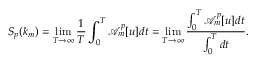
S _ { p } ( k _ { m } ) = \operatorname* { l i m } _ { T \to \infty } \frac { 1 } { T } \int _ { 0 } ^ { T } \mathcal { A } _ { m } ^ { p } [ u ] d t = \operatorname* { l i m } _ { T \to \infty } \frac { \int _ { 0 } ^ { T } \mathcal { A } _ { m } ^ { p } [ u ] d t } { \int _ { 0 } ^ { T } d t } .